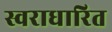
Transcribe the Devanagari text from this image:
स्वराधारित